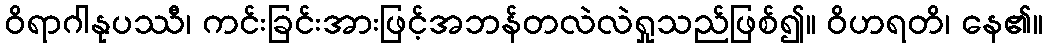
ဝိရာဂါနုပဿီ၊ ကင်းခြင်းအားဖြင့်အဘန်တလဲလဲရှုသည်ဖြစ်၍။ ဝိဟရတိ၊ နေ၏။